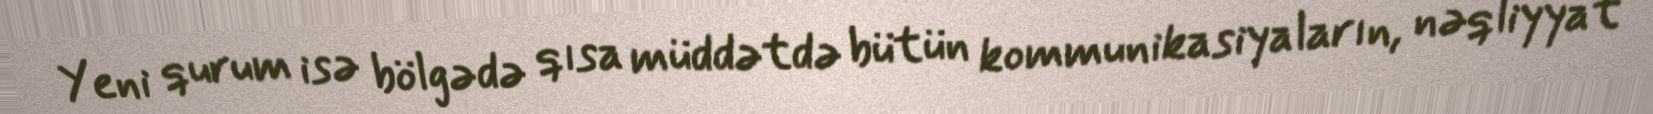
Yeni qurum isə bölgədə qısa müddətdə bütün kommunikasiyaların, nəqliyyat